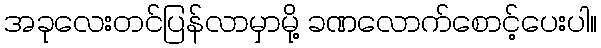
အခုလေးတင်ပြန်လာမှာမို့ ခဏလောက်စောင့်ပေးပါ။